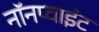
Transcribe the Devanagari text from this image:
नॉनप्वाइंट